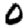
Digit: 0